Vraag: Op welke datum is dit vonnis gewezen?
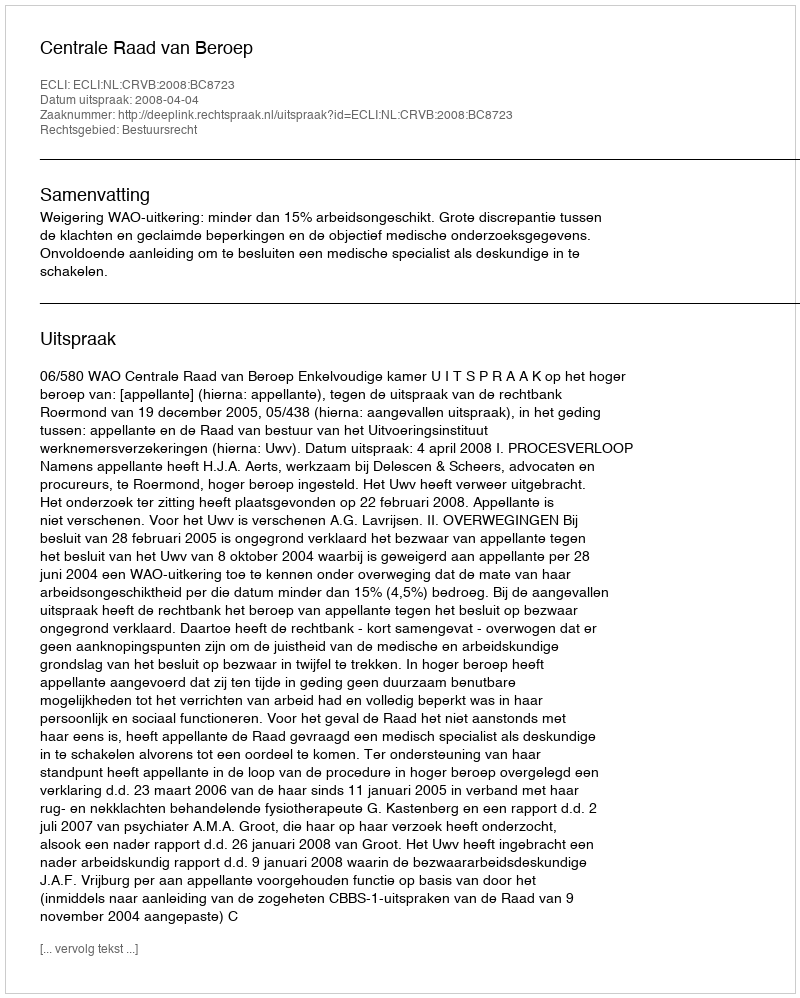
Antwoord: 2008-04-04